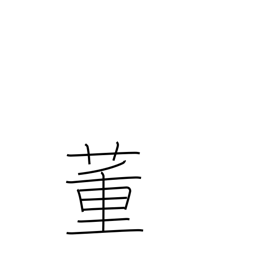
Meaning: correct